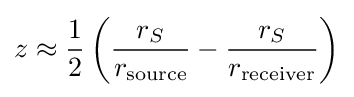
z\approx {\frac {1}{2}}\left({\frac {r_{S}}{r_{\text{source}}}}-{\frac {r_{S}}{r_{\text{receiver}}}}\right)